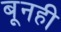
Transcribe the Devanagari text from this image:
बूनही